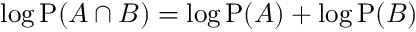
\log \mathrm { P } ( A \cap B ) = \log \mathrm { P } ( A ) + \log \mathrm { P } ( B )